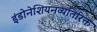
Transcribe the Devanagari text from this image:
इंडोनेशियनव्यतिरिक्त